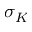
\sigma _ { K }